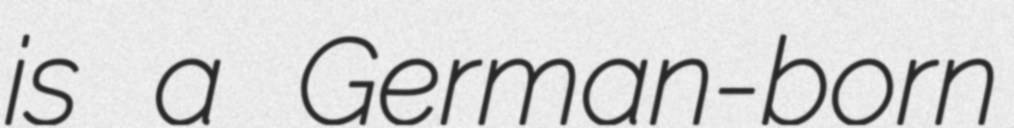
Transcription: is a German-born